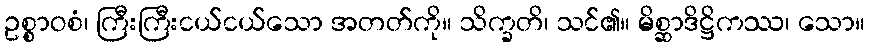
ဥစ္စာဝစံ၊ ကြီးကြီးငယ်ငယ်သော အတတ်ကို။ သိက္ခတိ၊ သင်၏။ မိစ္ဆာဒိဋ္ဌိကဿ၊ သော။